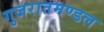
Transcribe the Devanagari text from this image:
गुजरातमण्डल